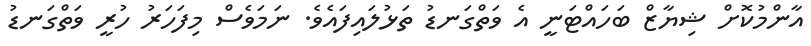
އާންމުކޮށް ޝިޔާޒް ބަހައްޓަނީ އެ ވަތްގަނޑު ތަޅުލައިފައެވެ. ނަމަވެސް މިފަހަރު ހުރީ ވަތްގަނޑު